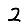
Digit: 2